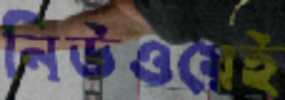
নিউওয়েই